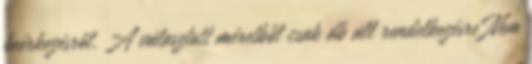
beérkezésről. A választott méretből csak db áll rendelkezésre Nem